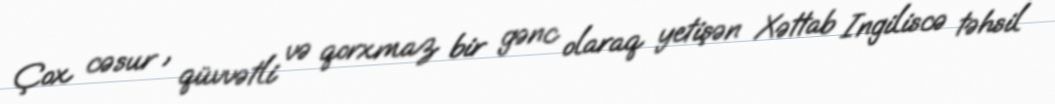
Çox cəsur , qüvvətli və qorxmaz bir gənc olaraq yetişən Xəttab Ingiliscə təhsil